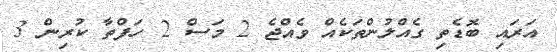
އަރައި ބޮޑެތި ގެއްލުންތަކެއް ވެއްޖެ 2 މަސް 2 ހަފްތާ ކުރިން 3